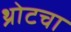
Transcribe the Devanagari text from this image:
थ्रोटचा